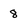
Character: 8